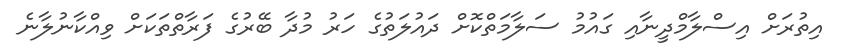
އިތުރަށް އިސްލާމްދީނާއި ގައުމު ސަލާމަތްކޮށް ދައުލަތުގެ ހަރު މުދާ ބޭރުގެ ފަރާތްތަކަށް ވިއްކާނުލާނެ